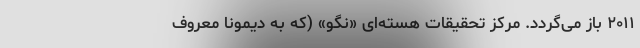
۲۰۱۱ باز می‌گردد. مرکز تحقیقات هسته‌ای «نِگو» (که به دیمونا معروف